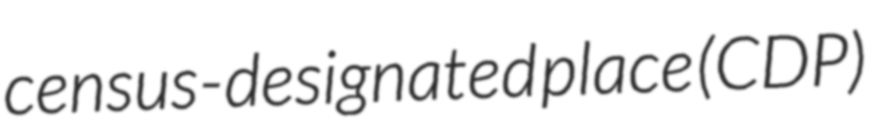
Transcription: census-designated place (CDP)